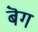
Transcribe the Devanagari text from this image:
बॆग